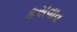
કસવાવ